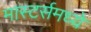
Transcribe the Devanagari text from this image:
मास्टर्समध्ये